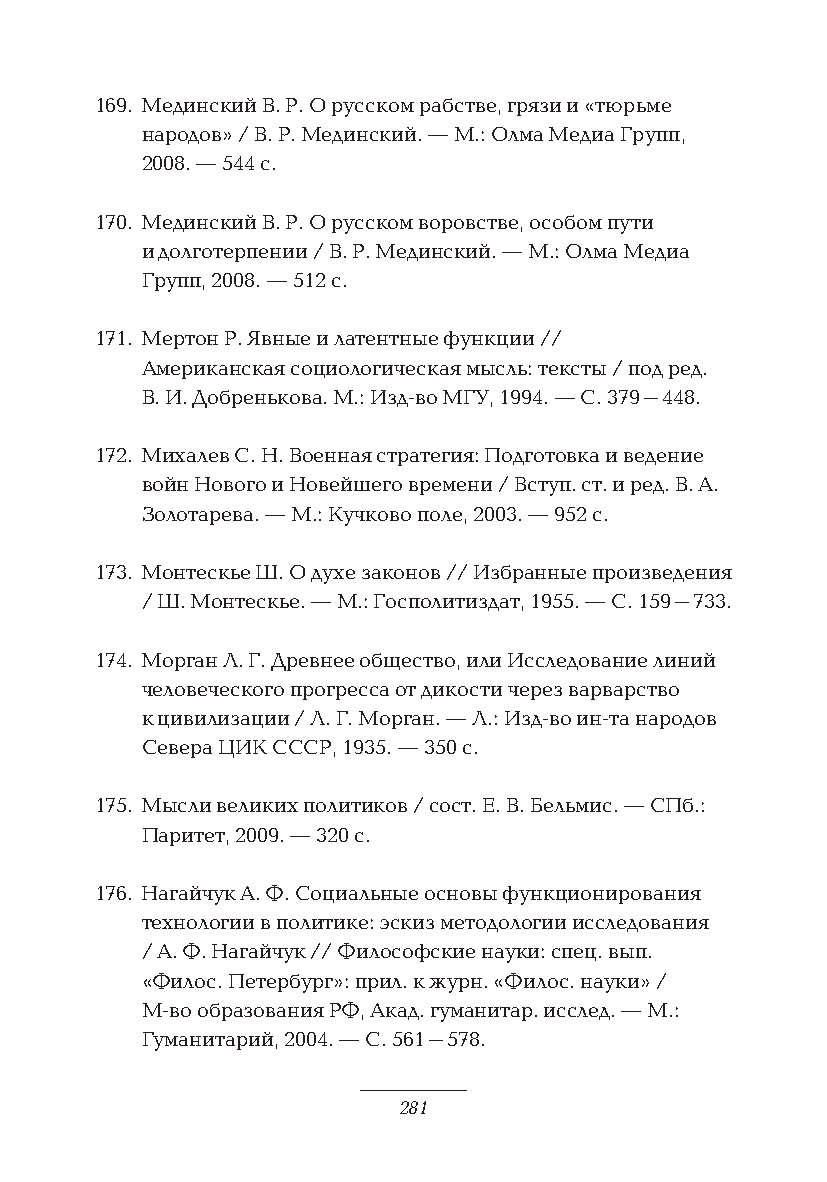
169. Мединский В. Р. О русском рабстве, грязи и «тюрьме
 народов» / В. Р. Мединский. — М.: Олма Медиа Групп,
 2008. — 544 с.
 170. Мединский В. Р. О русском воровстве, особом пути
 и долготерпении / В. Р. Мединский. — М.: Олма Медиа
 Групп, 2008. — 512 с.
 171. Мертон Р. Явные и латентные функции //
 Американская социологическая мысль: тексты / под ред.
 В. И. Добренькова. М.: Изд-во МГУ, 1994. — С. 379–448.
 172. Михалев С. Н. Военная стратегия: Подготовка и ведение
 войн Нового и Новейшего времени / Вступ. ст. и ред. В. А.
 Золотарева. — М.: Кучково поле, 2003. — 952 с.
 173. Монтескье Ш. О духе законов // Избранные произведения
 / Ш. Монтескье. — М.: Госполитиздат, 1955. — С. 159–733.
 174. Морган Л. Г. Древнее общество, или Исследование линий
 человеческого прогресса от дикости через варварство
 к цивилизации / Л. Г. Морган. — Л.: Изд-во ин-та народов
 Севера ЦИК СССР, 1935. — 350 с.
 175. Мысли великих политиков / сост. Е. В. Бельмис. — СПб.:
 Паритет, 2009. — 320 с.
 176. Нагайчук А. Ф. Социальные основы функционирования
 технологии в политике: эскиз методологии исследования
 / А. Ф. Нагайчук // Философские науки: спец. вып.
 «Филос. Петербург»: прил. к журн. «Филос. науки» /
 М-во образования РФ, Акад. гуманитар. исслед. — М.:
 Гуманитарий, 2004. — С. 561–578.
 281